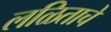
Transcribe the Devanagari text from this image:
लळिताचे